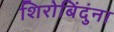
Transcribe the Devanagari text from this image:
शिरोबिंदुंना